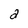
Character: 2